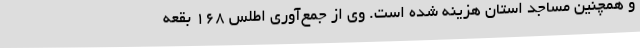
و همچنین مساجد استان هزینه شده است. وی از جمع‌آوری اطلس 168 بقعه